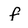
Character: f